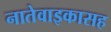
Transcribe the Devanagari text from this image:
नातेवाइकासह